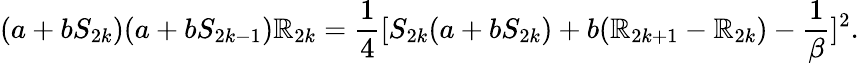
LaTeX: (a+bS_{2k})(a+bS_{2k-1})\mathbb{R}_{2k}={\frac{{1}}{{4}}}[S_{2k}(a+bS_{2k})+b(\mathbb{R}_{2k+1}-\mathbb{R}_{2k})-{\frac{{1}}{{\beta}}}]^{2}.